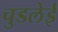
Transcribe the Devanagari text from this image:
चुडलेई